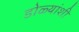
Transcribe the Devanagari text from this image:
डोळ्यांशी